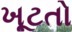
ખૂટતો